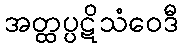
အတ္ထပ္ပဋိသံဝေဒီ